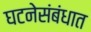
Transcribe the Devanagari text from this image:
घटनेसंबंधात